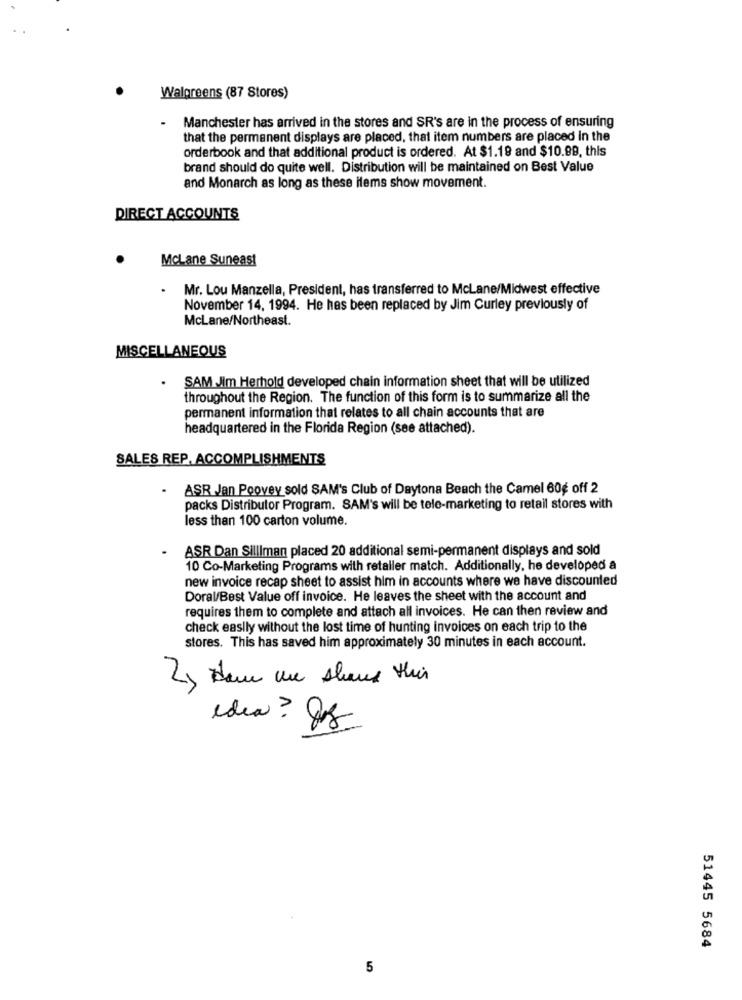
Walgreens (87 Stores)
Manchester has arrived in the stores and SR's are in the process of ensuring
that the permanent displays are placed, that item numbers are placed In the
orderbook and that additional product is ordered. At $1.19 and $10.99, this
brand should do quite well. Distribution will be maintained on Best Value
and Monarch as long as these items show movement.
DIRECT ACCOUNTS
McLane Suneast
.
Mr. Lou Manzella, President, has transferred to McLane/Midwest effective
November 14, 1994. He has been replaced by Jim Curley previously of
McLane/Northeast.
MISCELLANEOUS
SAM Jim Herhold developed chain information sheet that will be utilized
throughout the Region. The function of this form is to summarize all the
permanent information that relates to all chain accounts that are
headquartered in the Florida Region (see attached).
SALES REP. ACCOMPLISHMENTS
.
ASR Jan Poovey sold SAM's Club of Daytona Beach the Camel 60¢ off 2
packs Distributor Program. SAM's will be tele-marketing to retail stores with
less than 100 carton volume.
.
ASR Dan Silliman placed 20 additional semi-permanent displays and sold
10 Co-Marketing Programs with retaller match. Additionally, he developed a
new invoice recap sheet to assist him in accounts where we have discounted
Doral/Best Value off invoice. He leaves the sheet with the account and
requires them to complete and attach all invoices. He can then review and
check easily without the lost time of hunting invoices on each trip to the
stores. This has saved him approximately 30 minutes in each account.
2) dans une shaus this
idia? Og
51445 5684
5